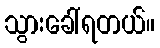
သွားခေါ်ရတယ်။